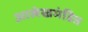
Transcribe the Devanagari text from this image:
आलेखमंडित